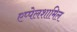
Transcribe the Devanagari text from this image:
एप्पेलशामिल